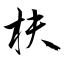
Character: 枎